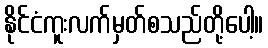
နိုင်ငံကူးလက်မှတ်စသည်တို့ပေါ့။